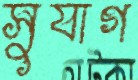
সুযাগ